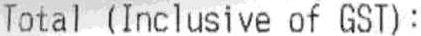
TOTAL (INCLUSIVE OF GST):